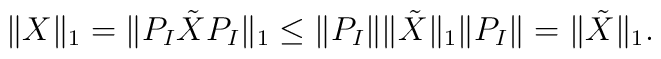
\|X\|_1=\|P_I\tilde{X}P_I\|_1 \le \|P_I \|\|\tilde{X}\|_1 \|P_I\| = \|\tilde{X}\|_1.